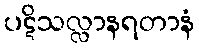
ပဋိသလ္လာနရတာနံ